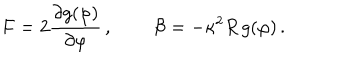
F = 2 \frac { \partial g ( \varphi ) } { \partial \varphi } \, , \, \qquad { \cal B } = - \kappa ^ { 2 } R \, g ( \varphi ) \, .